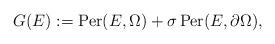
LaTeX: \begin{align*}G(E):=\textnormal{Per}(E,\Omega)+\sigma\,\textnormal{Per}(E,\partial\Omega),\end{align*}